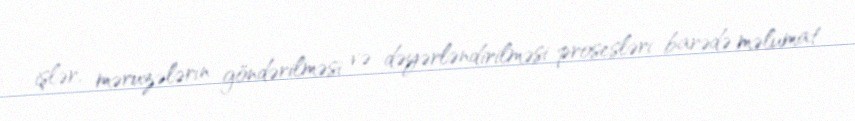
işlər, məruzələrin göndərilməsi və dəyərləndirilməsi prosesləri barədə məlumat